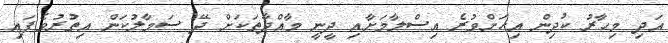
އަދި މިހާރު ކުދިން އިހަށްވުރެ އިސްލާމަށާއި ދީނީ މާއްދާތަކަށް ދޭ ސަމާލުކަން އިތުރުވެފައި